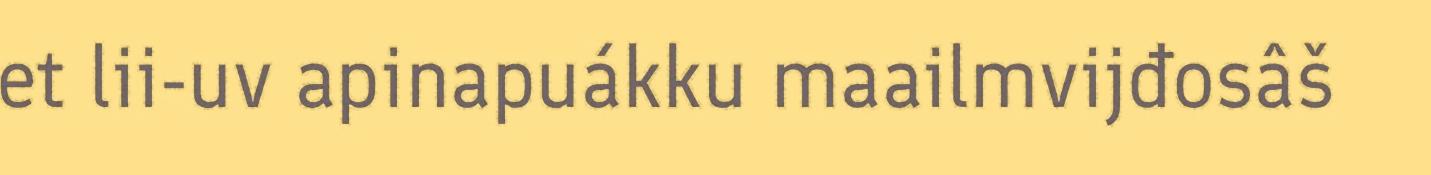
et lii-uv apinapuákku maailmvijđosâš